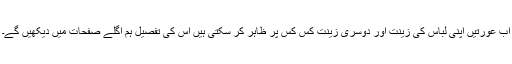
اب عورتیں اپنی لباس کی زینت اور دوسری زینت کس کس پر ظاہر کر سکتی ہیں اس کی تفصیل ہم اگلے صفحات میں دیکھیں گے۔